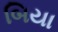
બિયા